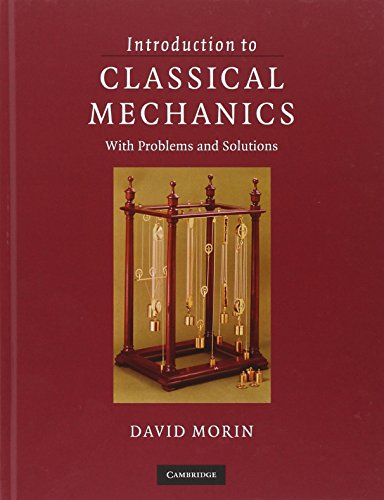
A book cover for Introduction to Classical Mechanics: With Problems and Solutions; David Morin; Science & Math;